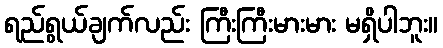
ရည်ရွယ်ချက်လည်း ကြီးကြီးမားမား မရှိပါဘူး။